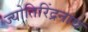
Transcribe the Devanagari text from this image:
ज्योतिरिंद्रनाथ